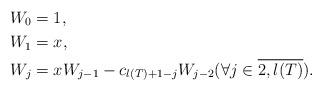
LaTeX: \begin{align*} W_0 &= 1 ,\\ W_1 &= x ,\\ W_j &= x W_{j-1} - c_{l(T)+1-j} W_{j-2} (\forall j \in \overline{2, l(T)}) .\end{align*}